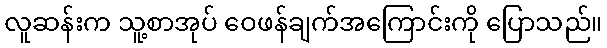
လူဆန်းက သူ့စာအုပ် ဝေဖန်ချက်အကြောင်းကို ပြောသည်။